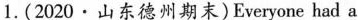
1. (2020·山东德州期末) Everyone had a